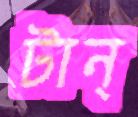
টান্